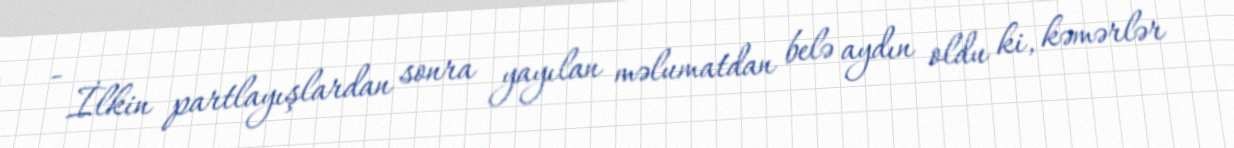
- İlkin partlayışlardan sonra yayılan məlumatdan belə aydın oldu ki, kəmərlər